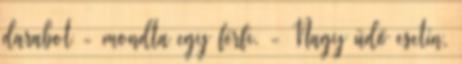
darabot - mondta egy férfi. - Nagy üdő esetín,